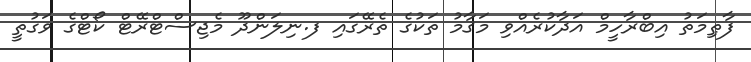
ފާޠިމަތު އިބްރާހީމް އަދާކުރެއްވި މަޤާމު ތަކުގެ ތެރޭގައި ފ.ނިލަންދޫ މެޖިސްޓްރޭޓް ކޯޓްގެ ވަގުތީ